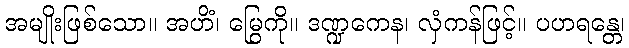
အမျိုးဖြစ်သော။ အဟိံ၊ မြွေကို။ ဒဏ္ဍကေန၊ လှံကန်ဖြင့်။ ပဟရန္တေ၊